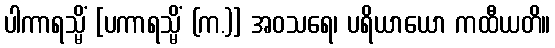
ပါကာရသ္မိံ [ပကာရသ္မိံ (က.)] အဝသရေ၊ ပရိယာယော ကထီယတိ။